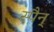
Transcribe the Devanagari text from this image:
स्पैन्